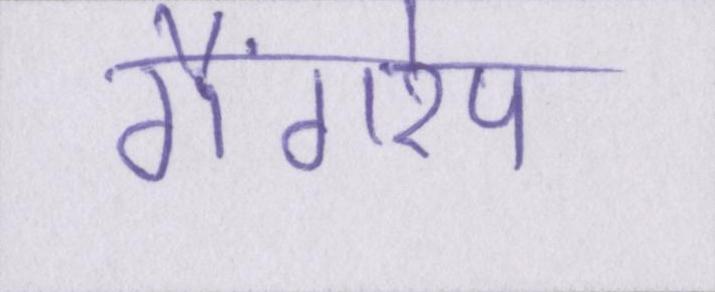
गैंगरेप